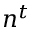
n ^ { t }